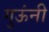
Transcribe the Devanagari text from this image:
गुऊंनी